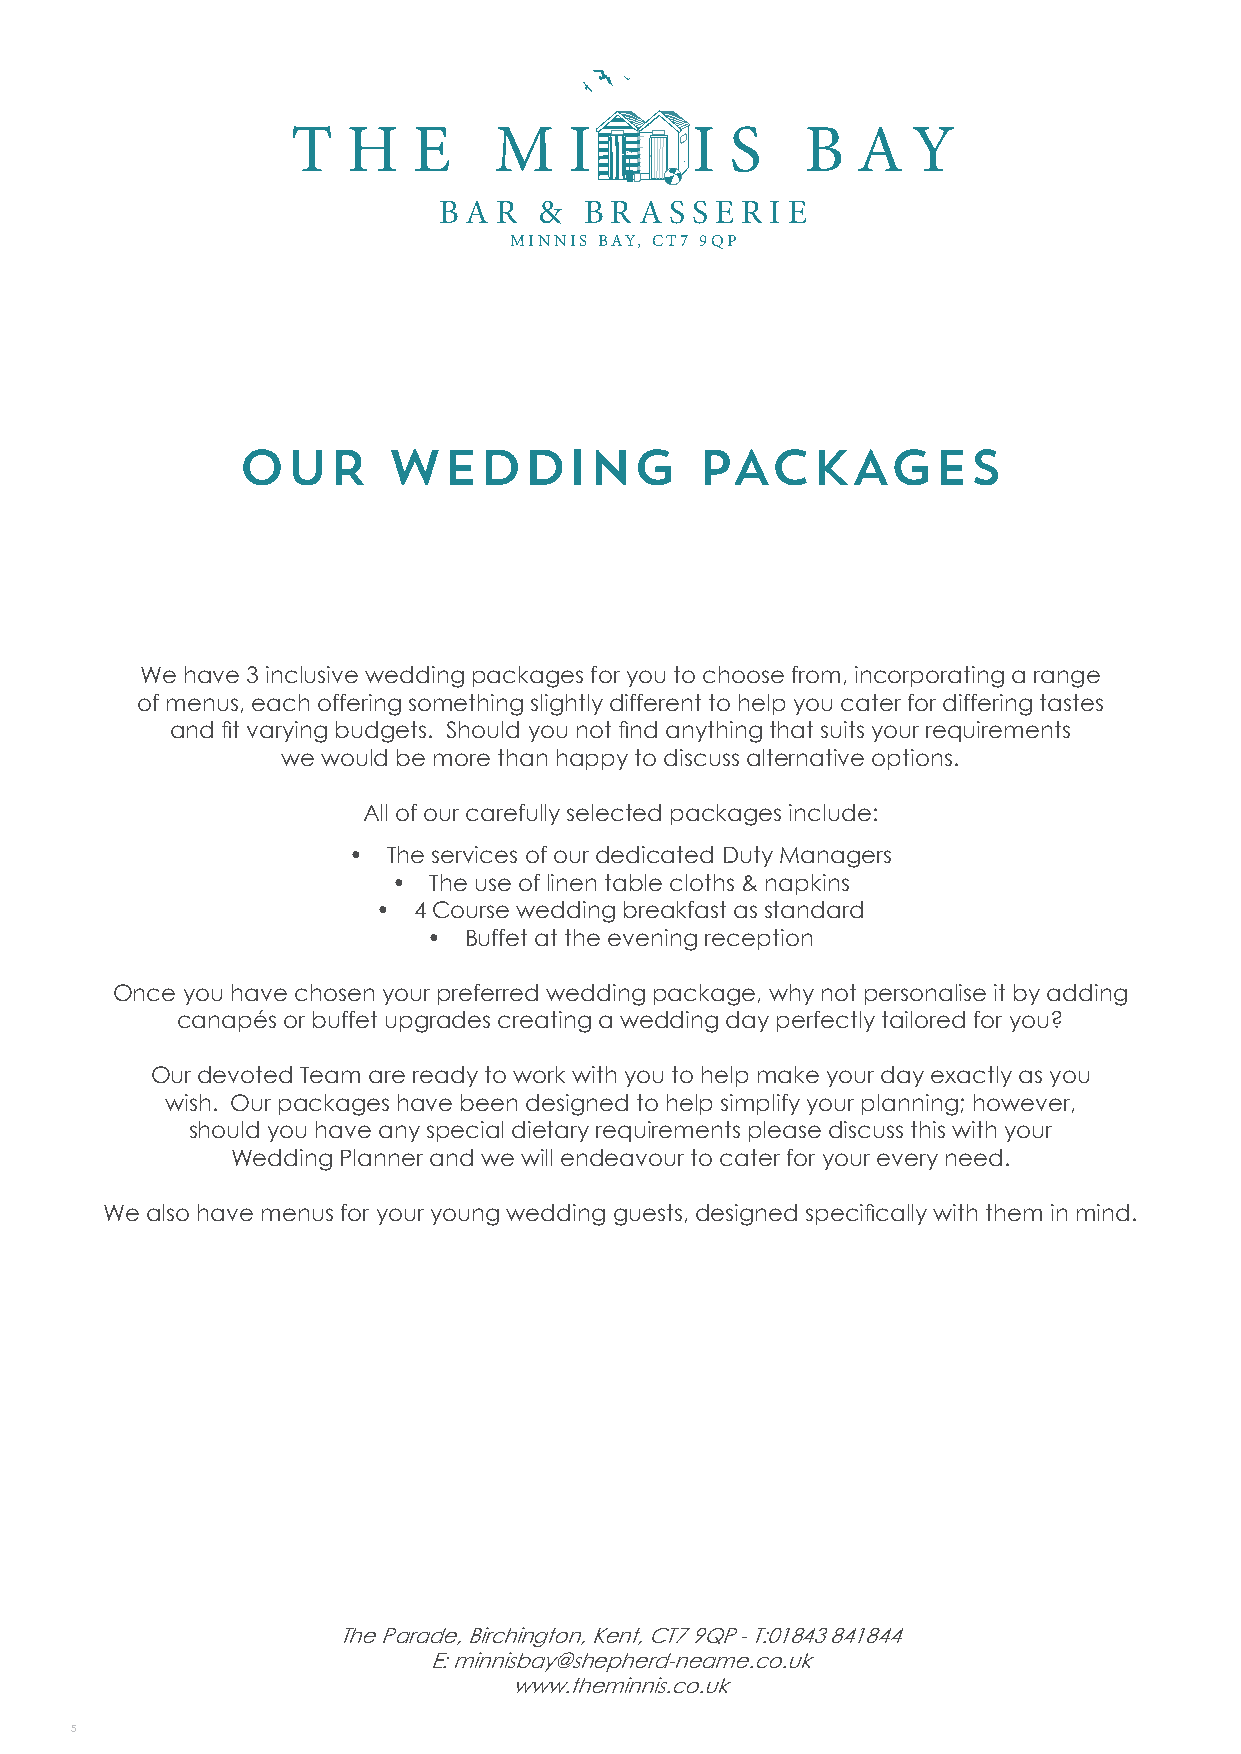
T   HE        M    I       I S    B   A  Y
 B A R  &  B R A S S E R IE
 MINNIS BAY, CT7 9QP
 OUR       WEDDING             PACKAGES
 We have 3 inclusive wedding packages for you to choose from, incorporating a range
 of menus, each offering something slightly different to help you cater for differing tastes
 and fit varying budgets. Should you not find anything that suits your requirements
 we would be more than happy to discuss alternative options.
 All of our carefully selected packages include:
 •  The services of our dedicated Duty Managers
 • The use of linen table cloths & napkins
 • 4 Course wedding breakfast as standard
 •  Buffet at the evening reception
 Once you have chosen your preferred wedding package, why not personalise it by adding
 canapés or buffet upgrades creating a wedding day perfectly tailored for you?
 Our devoted Team are ready to work with you to help make your day exactly as you
 wish. Our packages have been designed to help simplify your planning; however,
 should you have any special dietary requirements please discuss this with your
 Wedding Planner and we will endeavour to cater for your every need.
 We also have menus for your young wedding guests, designed specifically with them in mind.
 The Parade, Birchington, Kent, CT7 9QP - T:01843 841844
 E: minnisbay@shepherd-neame.co.uk
 www.theminnis.co.uk
 5